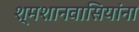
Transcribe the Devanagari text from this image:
श्मशानवासियांना